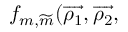
f _ { m , \widetilde { m } } ( \overrightarrow { \rho _ { 1 } } , \overrightarrow { \rho _ { 2 } } ,